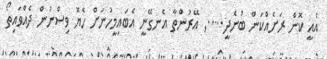
އެއީ ކޮން ރަށެއްކަން ބުނެދީ.....